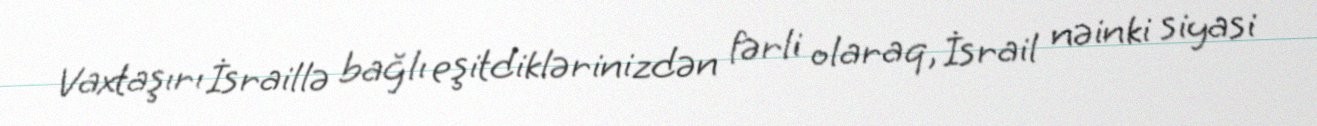
Vaxtaşırı İsraillə bağlı eşitdiklərinizdən fərli olaraq, İsrail nəinki siyasi